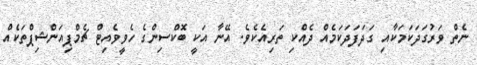
ނެތް ވަރުގަދަކަމަކާއި ގަދަފަދަކަމެއް ދެއްކި ތަރިއެކެވެ. އޭނާ އަކީ ބޮކްސިންގެ ހެވީވެއިޓް ޗެމްޕިއަންޝިޕްތަކެއް